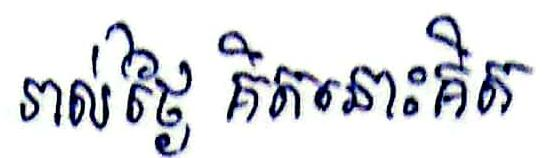
រាល់ថ្ងៃ គិតនោះគិត